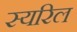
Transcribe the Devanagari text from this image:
स्यरिल